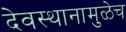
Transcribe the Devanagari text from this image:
देवस्थानामुळेच